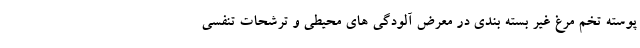
پوسته تخم مرغ غیر بسته بندی در معرض آلودگی های محیطی و ترشحات تنفسی